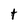
Character: t